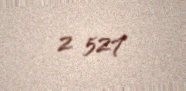
2 527